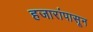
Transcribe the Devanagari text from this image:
हजारांपासून